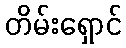
တိမ်းရှောင်